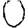
Digit: 0